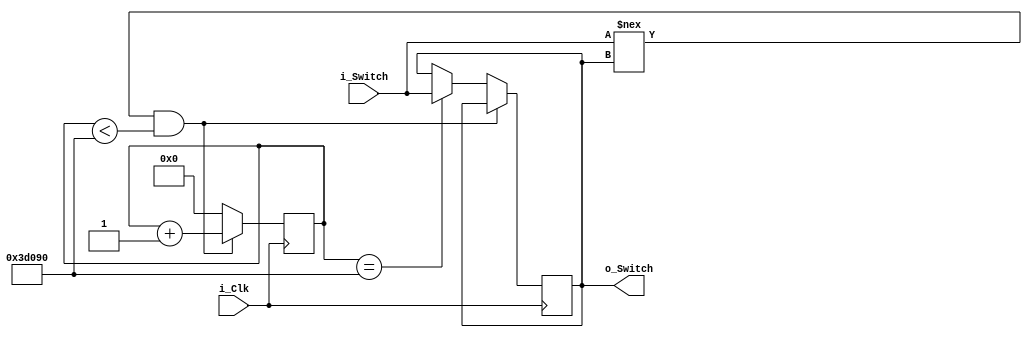
// This program was cloned from: https://github.com/theuppercaseguy/FYP--Risc-V-32-bit-Matrix-Mac
// License: GNU General Public License v3.0

`timescale 1ns / 1ps
//////////////////////////////////////////////////////////////////////////////////
// Company: 
// Engineer: 
// 
// Design Name: 
// Module Name: debouncer_clock
// Project Name: 
// Target Devices: 
// Tool Versions: 
// Description: 
// 
// Dependencies: 
// 
// Revision:
// Revision 0.01 - File Created
// Additional Comments:
// 
//////////////////////////////////////////////////////////////////////////////////


module debouncer_clock(input i_Clk, input i_Switch, output o_Switch);
    
      parameter c_DEBOUNCE_LIMIT = 250000;  // 10 ms at 25 MHz
       
      reg [17:0] r_Count = 0;
      reg r_State = 1'b0;
     
      always @(posedge i_Clk)
      begin
        // Switch input is different than internal switch value, so an input is
        // changing.  Increase the counter until it is stable for enough time.  
        if (i_Switch !== r_State && r_Count < c_DEBOUNCE_LIMIT)
          r_Count <= r_Count + 1;
     
        // End of counter reached, switch is stable, register it, reset counter
        else if (r_Count == c_DEBOUNCE_LIMIT)
        begin
          r_State <= i_Switch;
          r_Count <= 0;
        end 
     
        // Switches are the same state, reset the counter
        else
          r_Count <= 0;
      end
     
      // Assign internal register to output (debounced!)
      assign o_Switch = r_State;
     
    
endmodule